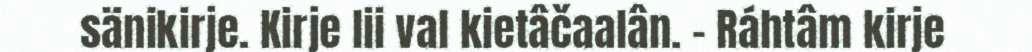
sänikirje. Kirje lii val kietâčaalân. - Ráhtâm kirje